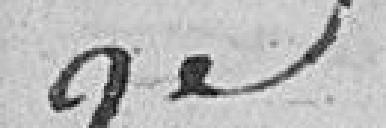
3e